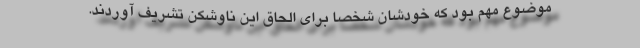
موضوع مهم بود که خودشان شخصاً برای الحاق این ناوشکن تشریف آوردند.